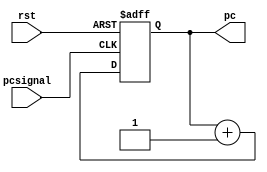
module pc_counter (rst,pc,pcsignal);
    input pcsignal, rst;
    output [15:0] pc;
    reg [15:0] pc;
    
always @ (posedge(pcsignal), posedge(rst))
begin
    if (rst)
      pc<=16'b0000000000000000;
    else
      pc<=pc+1;  
end
endmodule